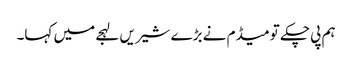
ہم پی چکے تو میڈم نے بڑے شیریں لہجے میں کہا۔